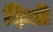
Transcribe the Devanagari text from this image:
दिन्डी